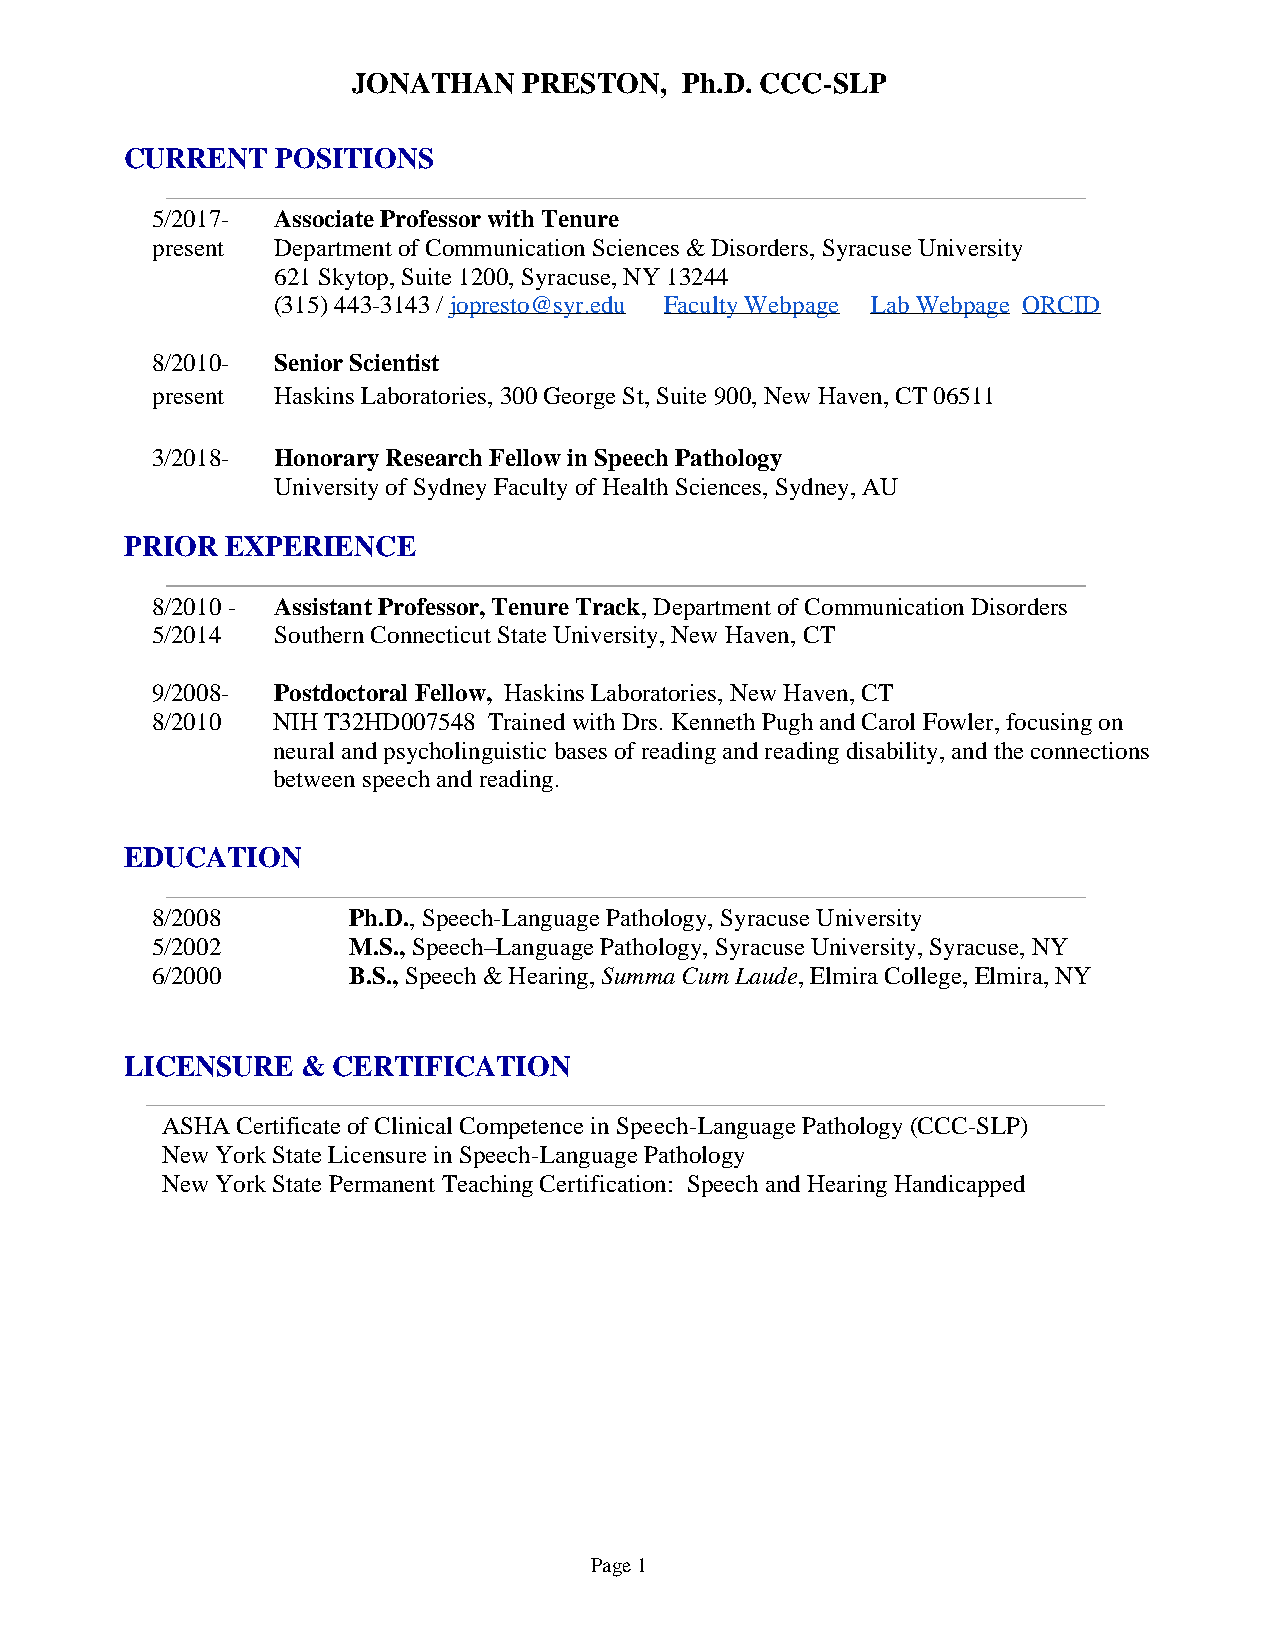
JONATHAN    PRESTON,  Ph.D. CCC-SLP
 CURRENT   POSITIONS
 5/2017- Associate Professor with Tenure
 present Department of Communication Sciences & Disorders, Syracuse University
 621 Skytop, Suite 1200, Syracuse, NY 13244
 (315) 443-3143 / jopresto@syr.edu Faculty Webpage Lab Webpage ORCID
 8/2010- Senior Scientist
 present Haskins Laboratories, 300 George St, Suite 900, New Haven, CT 06511
 3/2018- Honorary Research Fellow in Speech Pathology
 University of Sydney Faculty of Health Sciences, Sydney, AU
 PRIOR  EXPERIENCE
 8/2010 - Assistant Professor, Tenure Track, Department of Communication Disorders
 5/2014  Southern Connecticut State University, New Haven, CT
 9/2008- Postdoctoral Fellow, Haskins Laboratories, New Haven, CT
 8/2010  NIH T32HD007548 Trained with Drs. Kenneth Pugh and Carol Fowler, focusing on
 neural and psycholinguistic bases of reading and reading disability, and the connections
 between speech and reading.
 EDUCATION
 8/2008       Ph.D., Speech-Language Pathology, Syracuse University
 5/2002       M.S., Speech–Language Pathology, Syracuse University, Syracuse, NY
 6/2000       B.S., Speech & Hearing, Summa Cum Laude, Elmira College, Elmira, NY
 LICENSURE   & CERTIFICATION
 ASHA Certificate of Clinical Competence in Speech-Language Pathology (CCC-SLP)
 New York State Licensure in Speech-Language Pathology
 New York State Permanent Teaching Certification: Speech and Hearing Handicapped
 Page 1